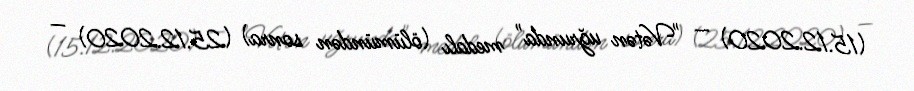
(15.12.2020) — "Vətən uğrunda" medalı (ölümündən sonra) (25.12.2020) —